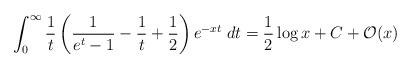
LaTeX: \begin{align*}\int_0^\infty \frac{1}{t}\left(\frac{1}{e^t-1}-\frac{1}{t}+\frac{1}{2}\right) e^{-xt}\;dt = \frac{1}{2}\log x+ C + \mathcal{O}(x)\end{align*}